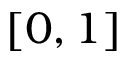
[ 0 , 1 ]